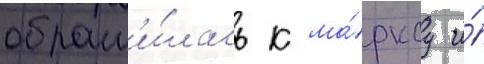
обрат'и́лась к ма́рксу и́